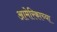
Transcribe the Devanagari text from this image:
आमेरिकाच्या